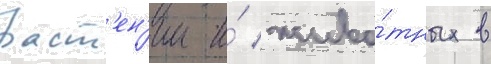
раст'ен'ии и́ живо́тных в